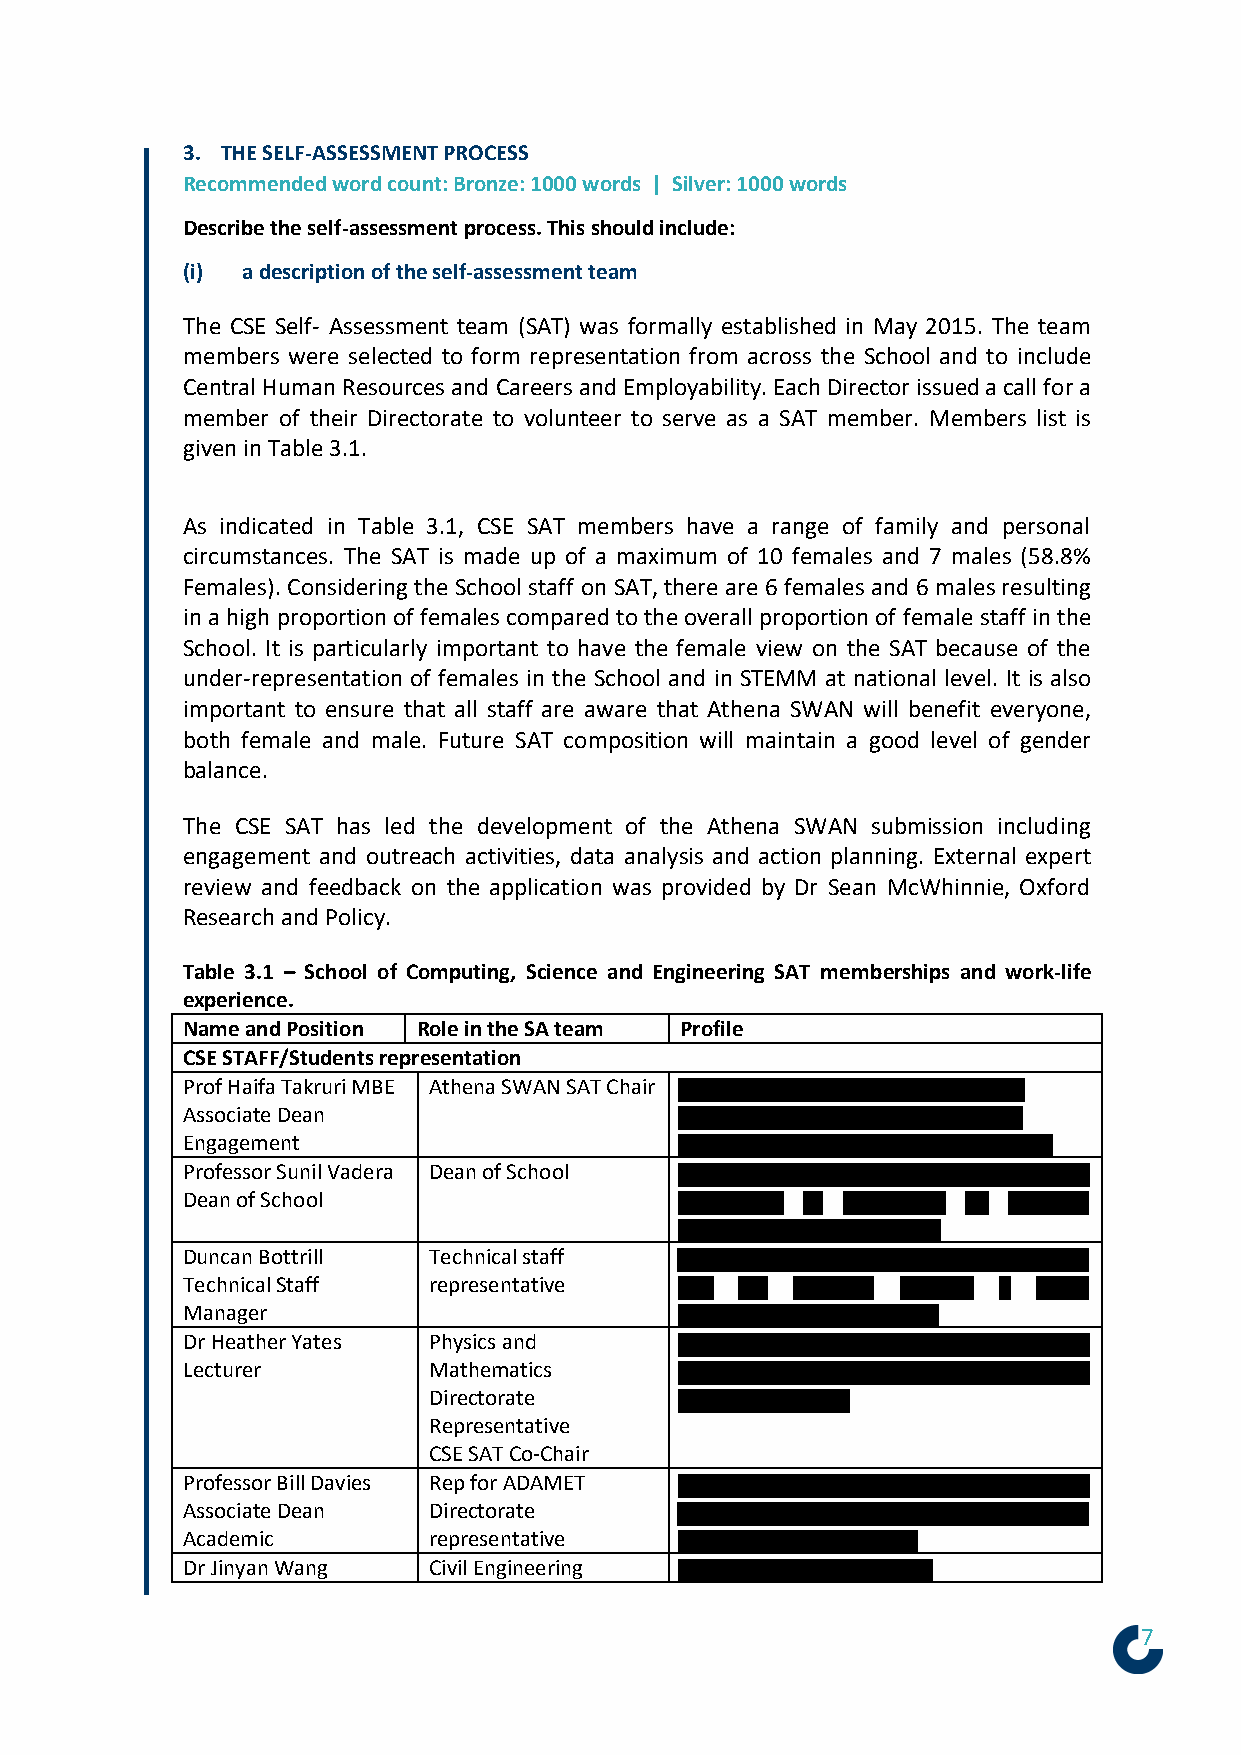
3. THE SELF-ASSESSMENT PROCESS
 Recommended word count: Bronze: 1000 words | Silver: 1000 words
 Describe the self-assessment process. This should include:
 (i) a description of the self-assessment team
 The CSE Self- Assessment team (SAT) was formally established in May 2015. The team
 members were selected to form representation from across the School and to include
 Central Human Resources and Careers and Employability. Each Director issued a call for a
 member of their Directorate to volunteer to serve as a SAT member. Members list is
 given in Table 3.1.
 As indicated in Table 3.1, CSE SAT members have a range of family and personal
 circumstances. The SAT is made up of a maximum of 10 females and 7 males (58.8%
 Females). Considering the School staff on SAT, there are 6 females and 6 males resulting
 in a high proportion of females compared to the overall proportion of female staff in the
 School. It is particularly important to have the female view on the SAT because of the
 under-representation of females in the School and in STEMM at national level. It is also
 important to ensure that all staff are aware that Athena SWAN will benefit everyone,
 both female and male. Future SAT composition will maintain a good level of gender
 balance.
 The CSE SAT has led the development of the Athena SWAN submission including
 engagement and outreach activities, data analysis and action planning. External expert
 review and feedback on the application was provided by Dr Sean McWhinnie, Oxford
 Research and Policy.
 Table 3.1 – School of Computing, Science and Engineering SAT memberships and work-life
 experience.
 Name and Position Role in the SA team Profile
 CSE STAFF/Students representation
 Prof Haifa Takruri MBE Athena SWAN SAT Chair
 Associate Dean
 Engagement
 Professor Sunil Vadera Dean of School
 Dean of School
 Duncan Bottrill Technical staff
 Technical Staff representative
 Manager
 Dr Heather Yates Physics and
 Lecturer        Mathematics
 Directorate
 Representative
 CSE SAT Co-Chair
 Professor Bill Davies Rep for ADAMET
 Associate Dean  Directorate
 Academic        representative
 Dr Jinyan Wang  Civil Engineering
 7